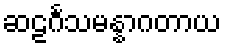
ဆဠင်္ဂသမန္နာဂတာယ